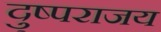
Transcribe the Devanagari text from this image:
दु्ष्पराजय